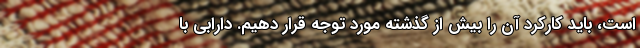
است، باید کارکرد آن را بیش از گذشته مورد توجه قرار دهیم. دارابی با